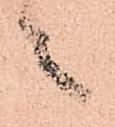
々